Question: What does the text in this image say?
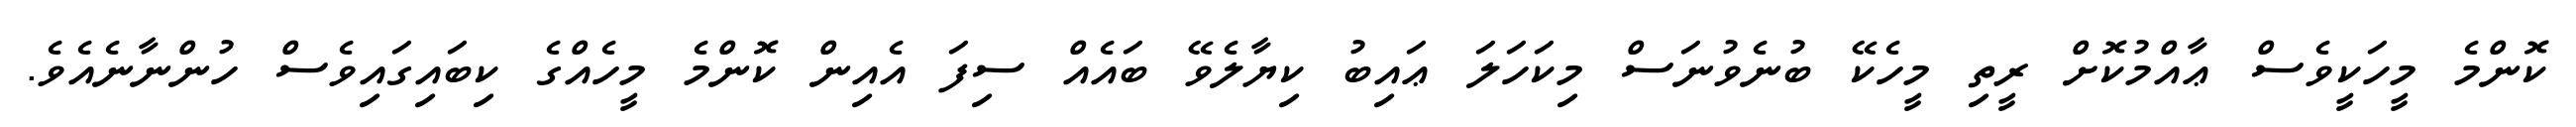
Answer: ކޮންމެ މީހަކީވެސް ޢާއްމުކޮށް ރީތި މީހެކޭ ބުނެވުނަސް މިކަހަލަ ޢައިބު ކިޔާލެވޭ ބައެއް ސިފަ އެއިން ކޮންމެ މީހެއްގެ ކިބައިގައިވެސް ހުންނާނެއެވެ.